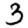
Digit: 3